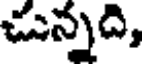
చున్నది,